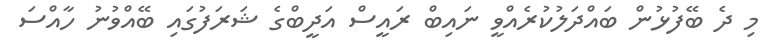
މި ދެ ބޭފުޅުން ބައްދަލުކުރެއްވީ ނައިބް ރައީސް އަދީބްގެ ޝަރަފުގައި ބޭއްވުނު ހާއްސަ